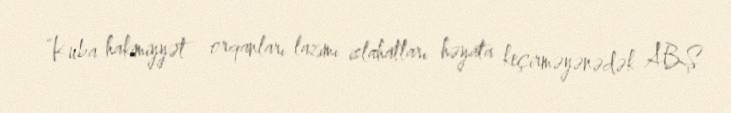
“Kuba hakimiyyət orqanları lazımi islahatları həyata keçirməyənədək ABŞ